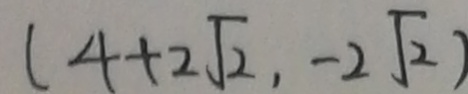
( 4 + 2 \sqrt { 2 } , - 2 \sqrt { 2 } )